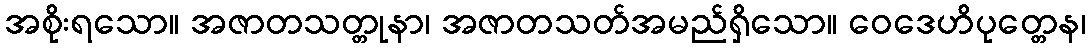
အစိုးရသော။ အဇာတသတ္တုနာ၊ အဇာတသတ်အမည်ရှိသော။ ဝေဒေဟိပုတ္တေန၊